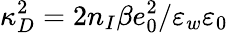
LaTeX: \kappa_{D}^{2}=2n_{I}\beta e_{0}^{2}/\varepsilon_{w}\varepsilon_{0}